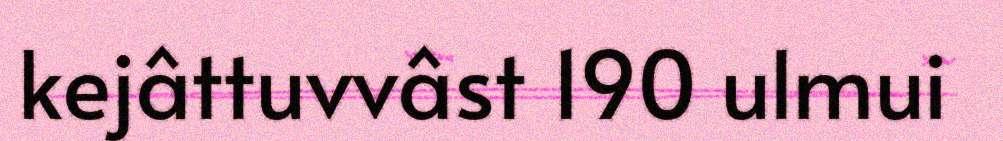
kejâttuvvâst 190 ulmui